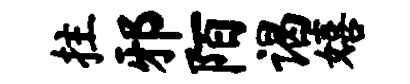
拄邪陌谒嬉